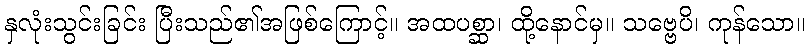
နှလုံးသွင်းခြင်း ပြီးသည်၏အဖြစ်ကြောင့်။ အထပစ္ဆာ၊ ထို့နောင်မှ။ သဗ္ဗေပိ၊ ကုန်သော။